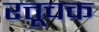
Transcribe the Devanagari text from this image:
रत्तूचक